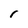
Character: r